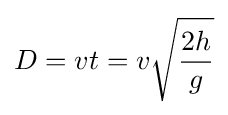
D=vt=v{\sqrt {\frac {2h}{g}}}